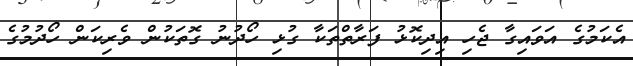
އެކަމުގެ އަވައިގާ ޖެހި އިދިކޮޅު ފަރާތްތަކާ ގުޅި ހޯދުނު ގޮތަކުން ވެރިކަން ހޯދުމުގެ